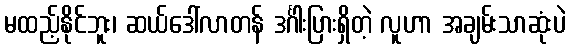
မထည့်နိုင်ဘူး၊ ဆယ်ဒေါ်လာတန် ဒင်္ဂါးပြားရှိတဲ့ လူဟာ အချမ်းသာဆုံးပဲ